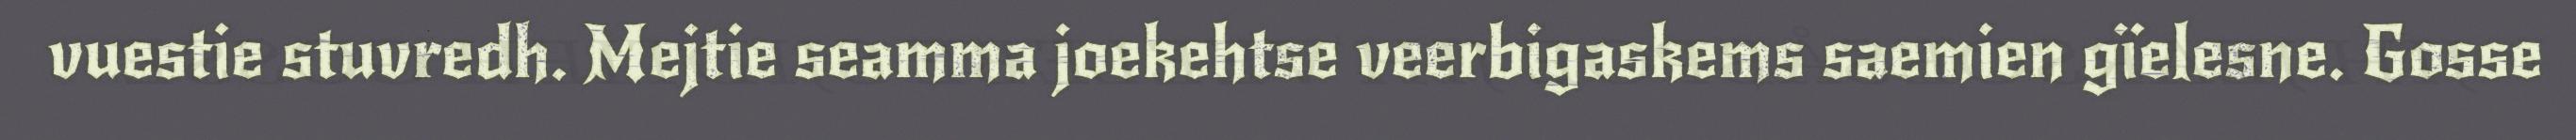
vuestie stuvredh. Mejtie seamma joekehtse veerbigaskems saemien gïelesne. Gosse